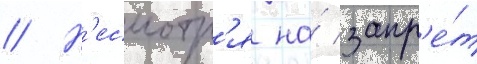
// Н'есмотр'я на́ запр'е́т